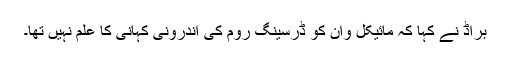
براڈ نے کہا کہ مائیکل وان کو ڈرسینگ روم کی اندرونی کہانی کا علم نہیں تھا۔